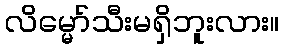
လိမ္မော်သီးမရှိဘူးလား။